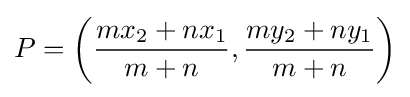
P=\left({\frac {mx_{2}+nx_{1}}{m+n}},{\frac {my_{2}+ny_{1}}{m+n}}\right)